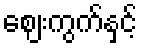
ဈေးကွက်နှင့်